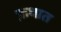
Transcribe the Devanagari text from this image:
फ्रथात